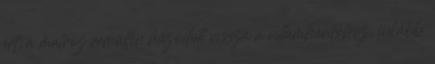
ért, a matróz rémülten húzódott vissza a villámhárítóhoz, inkább